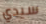
سيدي